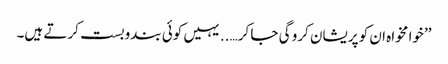
’’خوا مخواہ ان کو پریشان کرو گی جا کر…..یہیں کوئی بندوبست کرتے ہیں۔